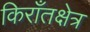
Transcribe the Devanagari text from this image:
किराँतक्षेत्र